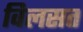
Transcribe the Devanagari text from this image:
विलसत